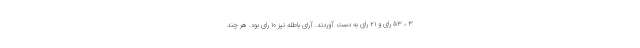
۳ ، ۵۳ رای و ۲۱ رای به دست آوردند. آرای باطله نیز ۱۰ رای بود. هر چند